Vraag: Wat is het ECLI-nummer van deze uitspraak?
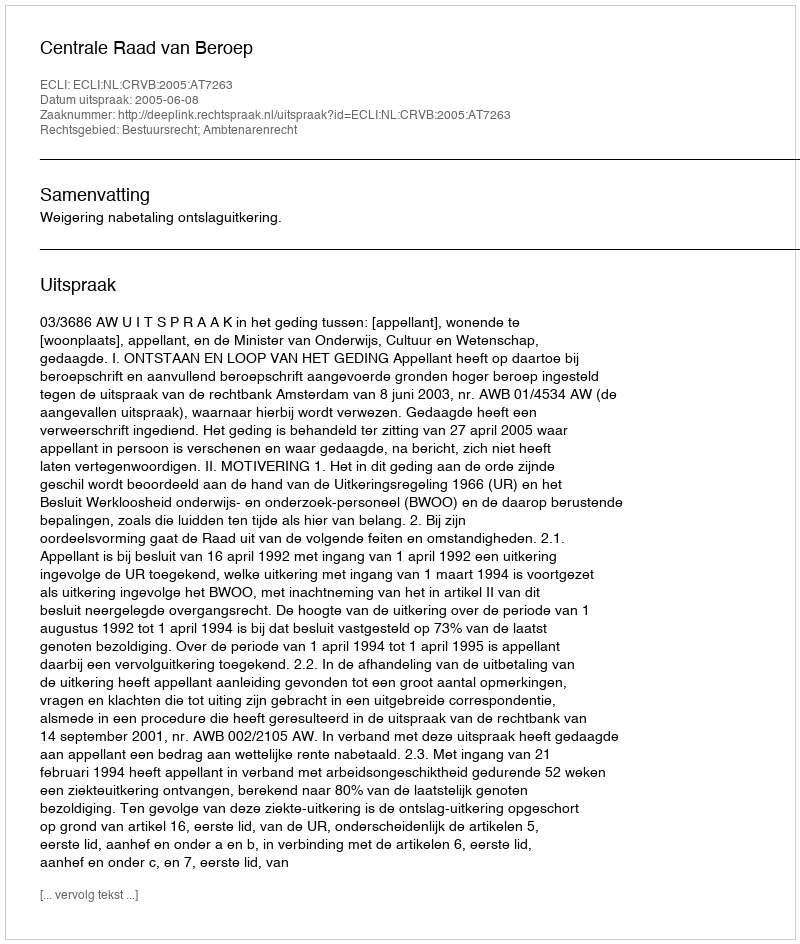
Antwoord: ECLI:NL:CRVB:2005:AT7263